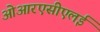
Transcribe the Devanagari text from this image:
ओआरएसीएलई